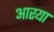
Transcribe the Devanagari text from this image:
आरया